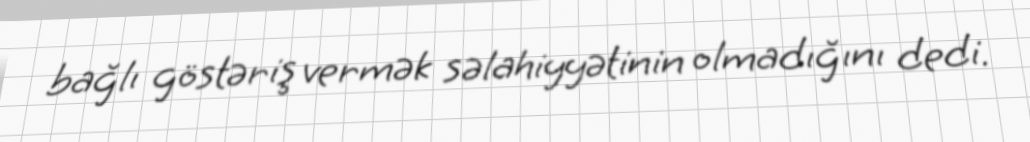
bağlı göstəriş vermək səlahiyyətinin olmadığını dedi.